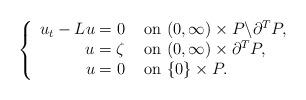
LaTeX: \begin{align*}\begin{aligned}\left\{\begin{array}{rl}u_t-Lu=0 & \hbox{ on } (0,\infty)\times P\backslash \partial^T P,\\u=\zeta&\hbox{ on } (0,\infty)\times \partial^T P,\\ u = 0& \hbox{ on } \{0\}\times P. \end{array} \right.\end{aligned}\end{align*}